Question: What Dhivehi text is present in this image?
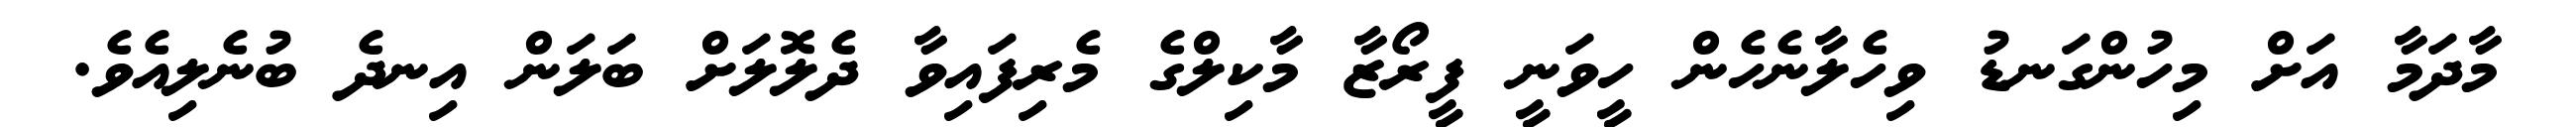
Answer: މާދަމާ އަށް މިހުންގަނޑު ވިހެލާނެހެން ހީވަނީ ފީރޯޒާ މާކިލްގެ މެރިފައިވާ ދެލޮލަށް ބަލަން އިނދެ ބުނެލިއެވެ.